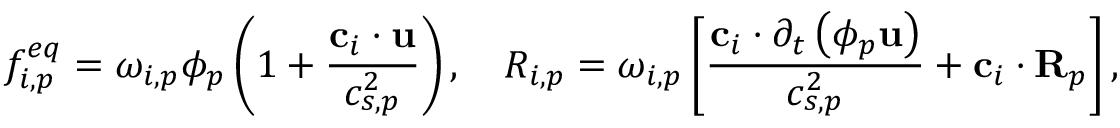
f _ { i , p } ^ { e q } = \omega _ { i , p } \phi _ { p } \left( 1 + \frac { \mathbf { c } _ { i } \cdot \mathbf { u } } { c _ { s , p } ^ { 2 } } \right) , \quad R _ { i , p } = \omega _ { i , p } \left[ \frac { \mathbf { c } _ { i } \cdot \partial _ { t } \left( \phi _ { p } \mathbf { u } \right) } { c _ { s , p } ^ { 2 } } + \mathbf { c } _ { i } \cdot \mathbf { R } _ { p } \right] ,